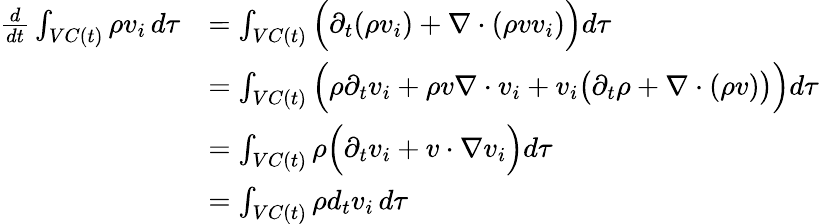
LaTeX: \begin{array}{rl}{\frac{d}{dt}\int_{VC(t)}\rho v_{i}\, d\tau}&{=\int_{VC(t)}\Big(\partial_{t}(\rho v_{i})+\nabla\cdot(\rho vv_{i})\Big)d\tau}\\ &{=\int_{VC(t)}\Big(\rho\partial_{t}v_{i}+\rho v\nabla\cdot v_{i}+v_{i}\big(\partial_{t}\rho+\nabla\cdot(\rho v)\big)\Big)d\tau}\\ &{=\int_{VC(t)}\rho\Big(\partial_{t}v_{i}+v\cdot\nabla v_{i}\Big)d\tau}\\ &{=\int_{VC(t)}\rho d_{t}v_{i}\, d\tau}\end{array}